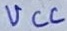
Text: VCC